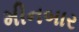
મીનબાર